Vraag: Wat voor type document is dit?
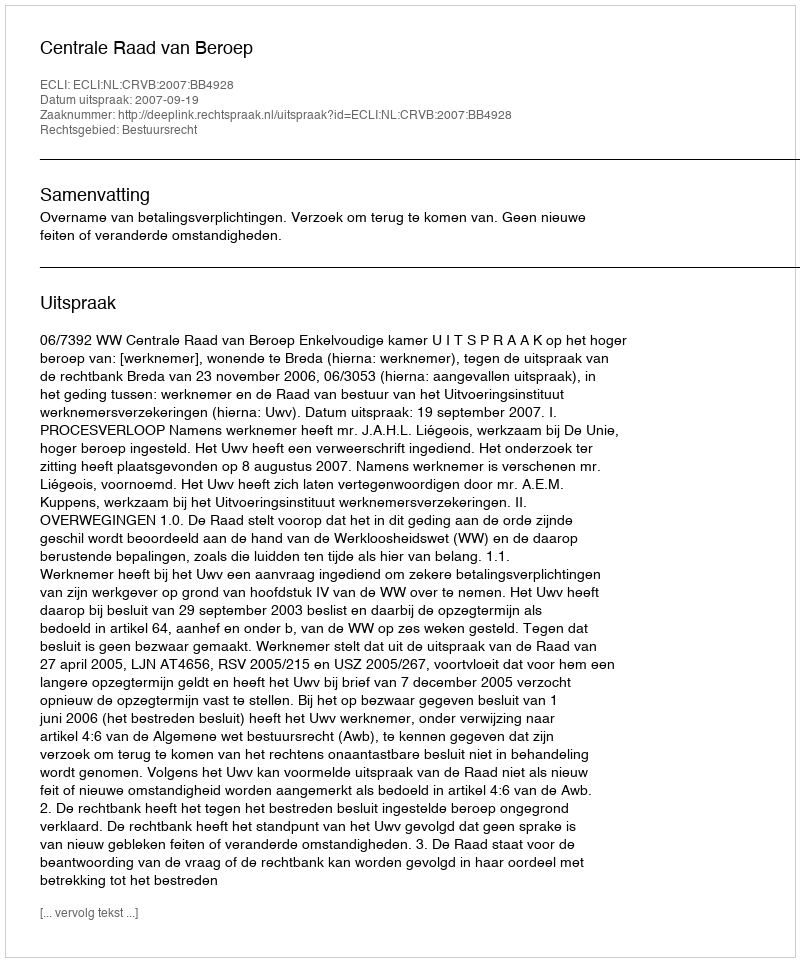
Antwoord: Uitspraak